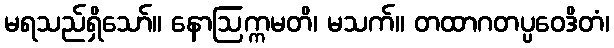
မရသည်ရှိသော်။ နောဩက္ကမတိ၊ မသက်။ တထာဂတပ္ပဝေဒိတံ၊